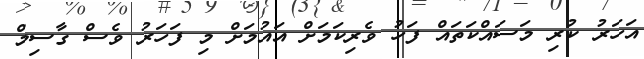
އަހަރު ކުރި މަސައްކަތައް ފަހު ވެރިކަމަށް އައުމަށް މި ފަހަރު ވެސް ގާސިމް